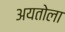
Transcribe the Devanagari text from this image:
अयतोला